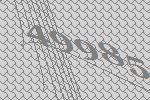
49985